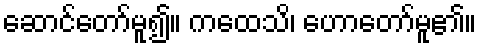
ဆောင်တော်မူ၍။ ကထေသိ၊ ဟောတော်မူ၏။